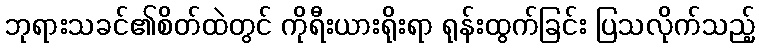
ဘုရားသခင်၏စိတ်ထဲတွင် ကိုရီးယားရိုးရာ ရုန်းထွက်ခြင်း ပြသလိုက်သည့်